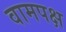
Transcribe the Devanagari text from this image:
वामपक्ष